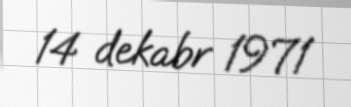
14 dekabr 1971